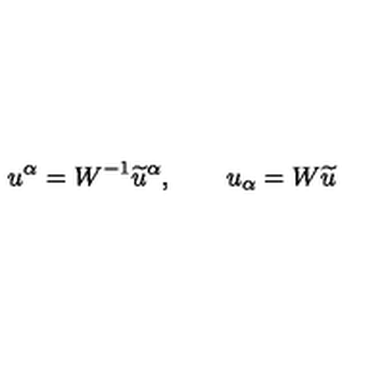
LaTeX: u ^ { \alpha } = W ^ { - 1 } \widetilde { u } ^ { \alpha } , \qquad u _ { \alpha } = W \widetilde { u }